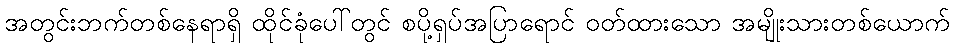
အတွင်းဘက်တစ်နေရာရှိ ထိုင်ခုံပေါ်တွင် စပို့ရှပ်အပြာရောင် ဝတ်ထားသော အမျိုးသားတစ်ယောက်